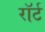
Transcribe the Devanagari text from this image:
रॉर्ट